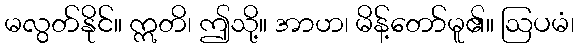
မလွတ်နိုင်။ ဣတိ၊ ဤသို့။ အာဟ၊ မိန့်တော်မူ၏။ ဩပမံ၊